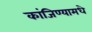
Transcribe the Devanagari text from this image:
कांजिण्यामधे